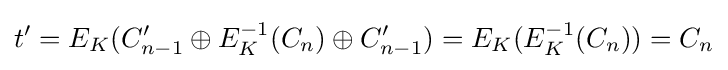
t'=E_{K}(C_{n-1}'\oplus E_{K}^{-1}(C_{n})\oplus C_{n-1}')=E_{K}(E_{K}^{-1}(C_{n}))=C_{n}